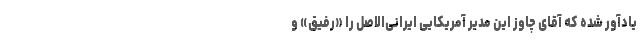
یادآور شده که آقای چاوز این مدیر آمریکایی ایرانی‌الاصل را «رفیق» و